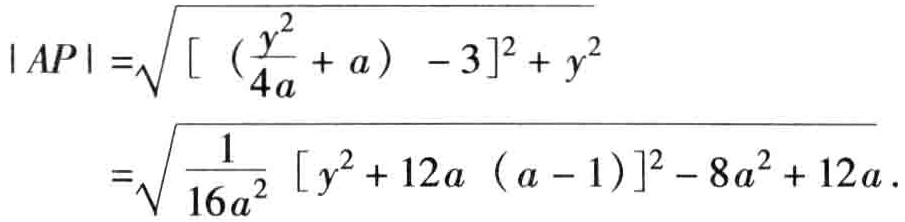
\[

\begin{align*}

|AP|&=\sqrt{\left[\left(\frac{y^{2}}{4a}+a\right)-3\right]^{2}+y^{2}}\\

&=\sqrt{\frac{1}{16a^{2}}\left[y^{2}+12a(a - 1)\right]^{2}-8a^{2}+12a}.

\end{align*}

\]